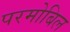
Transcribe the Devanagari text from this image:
परमोबिल